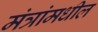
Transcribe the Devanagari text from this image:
मंत्रांमधील